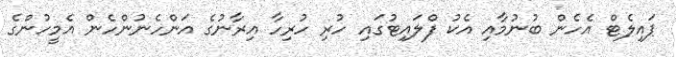
ޕައިލެޓް އެހެން ބުނުމާއި އެކު ފްލައިޓުގައި ހުރި ހުރިހާ އިރާނުގެ އަންހެނުންހެން އެމީހުންގެ